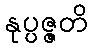
နုပ္ပဇ္ဇတိ